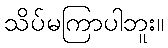
သိပ်မကြာပါဘူး။